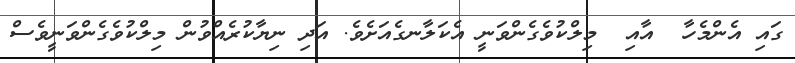
ގައި އެންމެހާ  އާއި  މިލްކުވެގެންވަނީ އެކަލާނގެއަށެވެ. އަދި ނިޔާކުރެއްވުން މިލްކުވެގެންވަނީވެސް